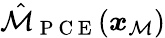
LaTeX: \hat{\mathcal{M}}_{\mathrm{~P~C~E~}}(\boldsymbol{x}_{\mathcal{M}})